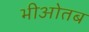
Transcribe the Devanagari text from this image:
भीओतब